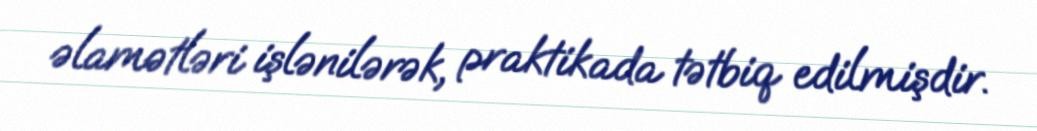
əlamətləri işlənilərək, praktikada tətbiq edilmişdir.